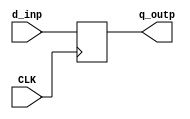
module addr_reg(CLK, d_inp, q_outp);
	
	input CLK;
	input [9:0] d_inp;
	output [9:0] q_outp;
	
	reg [9:0] q_outp;
	
	always @ (posedge CLK)
		q_outp <= d_inp;
		
endmodule